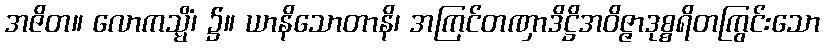
အဇိတ။ လောကသ္မိံ၊ ၌။ ယာနိသောတာနိ၊ အကြင်တဏှာဒိဋ္ဌိအဝိဇ္ဇာဒုစ္စရိတကြွင်းသော